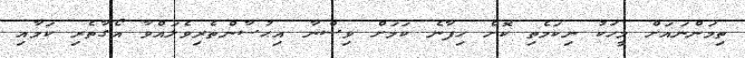
ތިމަންނައަށް މީހަކު ނިކަމެތި ކޮށް ހިފާނެ ކަމަށް ވިސްނާ އިޙުސާންތެރިވެލައްވާ އޯގާތެރި ކަމާއި